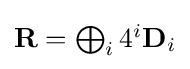
{\textstyle \mathbf {R} =\bigoplus _{i}{4^{i}\mathbf {D} _{i}}}